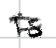
Text: is
Cross-out: double-line
Writing tool: digital_black